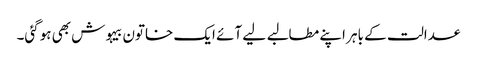
عدالت کے باہر اپنے مطالبے لیے آئے ایک خاتون بیہوش بھی ہوگئی۔